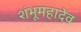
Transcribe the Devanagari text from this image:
शंभूमहादेव